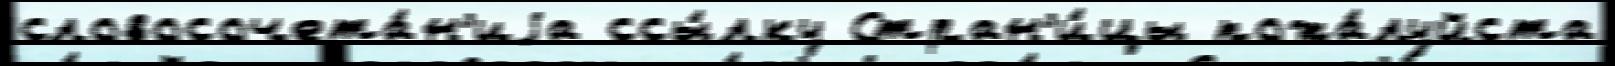
словосочета́н'иjа ссы́лку Стран'и́цы пожа́луйста